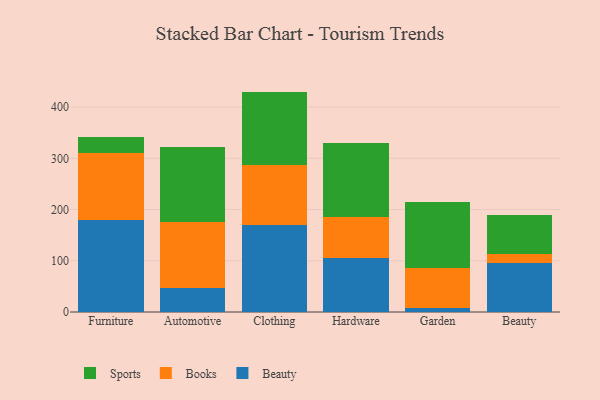
{"axis": {"x": "Category", "y": "Conversion Rate (%)"}, "legend": ["Beauty", "Books", "Sports"], "data": [{"x": "Furniture", "y": 178.9, "type": "Beauty"}, {"x": "Furniture", "y": 131.2, "type": "Books"}, {"x": "Furniture", "y": 31.6, "type": "Sports"}, {"x": "Automotive", "y": 47.3, "type": "Beauty"}, {"x": "Automotive", "y": 127.8, "type": "Books"}, {"x": "Automotive", "y": 146.8, "type": "Sports"}, {"x": "Clothing", "y": 169.3, "type": "Beauty"}, {"x": "Clothing", "y": 117.9, "type": "Books"}, {"x": "Clothing", "y": 143.0, "type": "Sports"}, {"x": "Hardware", "y": 105.3, "type": "Beauty"}, {"x": "Hardware", "y": 79.2, "type": "Books"}, {"x": "Hardware", "y": 145.6, "type": "Sports"}, {"x": "Garden", "y": 7.1, "type": "Beauty"}, {"x": "Garden", "y": 79.3, "type": "Books"}, {"x": "Garden", "y": 128.9, "type": "Sports"}, {"x": "Beauty", "y": 94.7, "type": "Beauty"}, {"x": "Beauty", "y": 17.6, "type": "Books"}, {"x": "Beauty", "y": 76.7, "type": "Sports"}]}